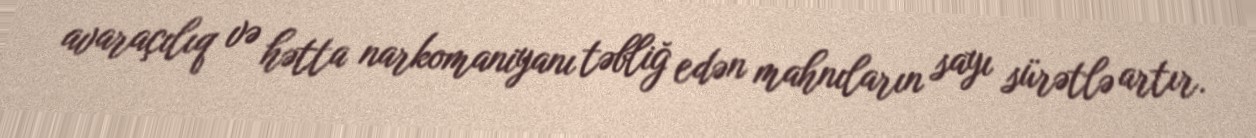
avaraçılıq və hətta narkomaniyanı təbliğ edən mahnıların sayı sürətlə artır.